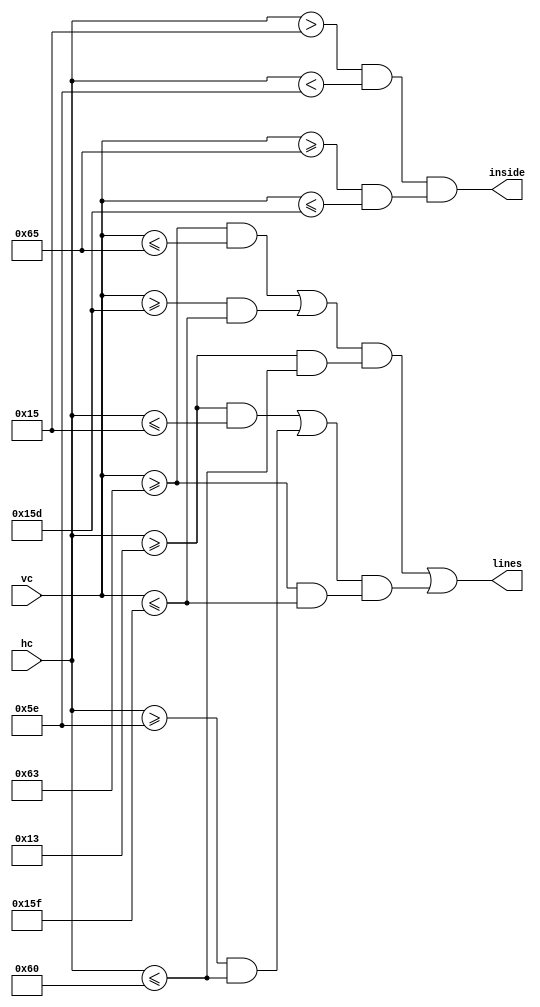
module teclas #(parameter pos_x = 20, pos_y = 100, width = 75, height = 250)(
    input [9:0] hc,
    input [9:0] vc,
    output lines,
    output inside);
    reg vert_l, vert_r, hor_up, hor_dwn, hor, vert, in_hor, in_vert;
    
    always @ (*)
    begin
        hor_up = (vc >= pos_y - 10'd1) && (vc <= pos_y + 10'd1);
        hor_dwn = (vc >= pos_y - 10'd1 + height) && (vc <= pos_y + 10'd1 + height);
        hor = (hc >= pos_x - 10'd1) && (hc <= pos_x + 10'd1 + width);
        vert_l = (hc >= pos_x - 10'd1) && (hc <= pos_x + 10'd1);
        vert_r = (hc >= pos_x - 10'd1 + width) && (hc <= pos_x + 10'd1 + width);
        vert = (vc >= pos_y - 10'd1) && (vc <= pos_y + 10'd1 + height);
        in_hor = (hc > pos_x + 10'd1) && (hc < pos_x - 10'd1 + width);
        in_vert = (vc >= pos_y + 10'd1) && (vc <= pos_y -10'd1 + height);
    end
    
    assign lines = ((hor_up || hor_dwn) && hor) || ((vert_l || vert_r) && vert);
    assign inside = in_hor && in_vert;
endmodule